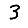
Digit: 3